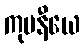
ကုပနီယေ